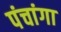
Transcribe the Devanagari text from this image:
पंचांगा